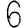
Digit: 6